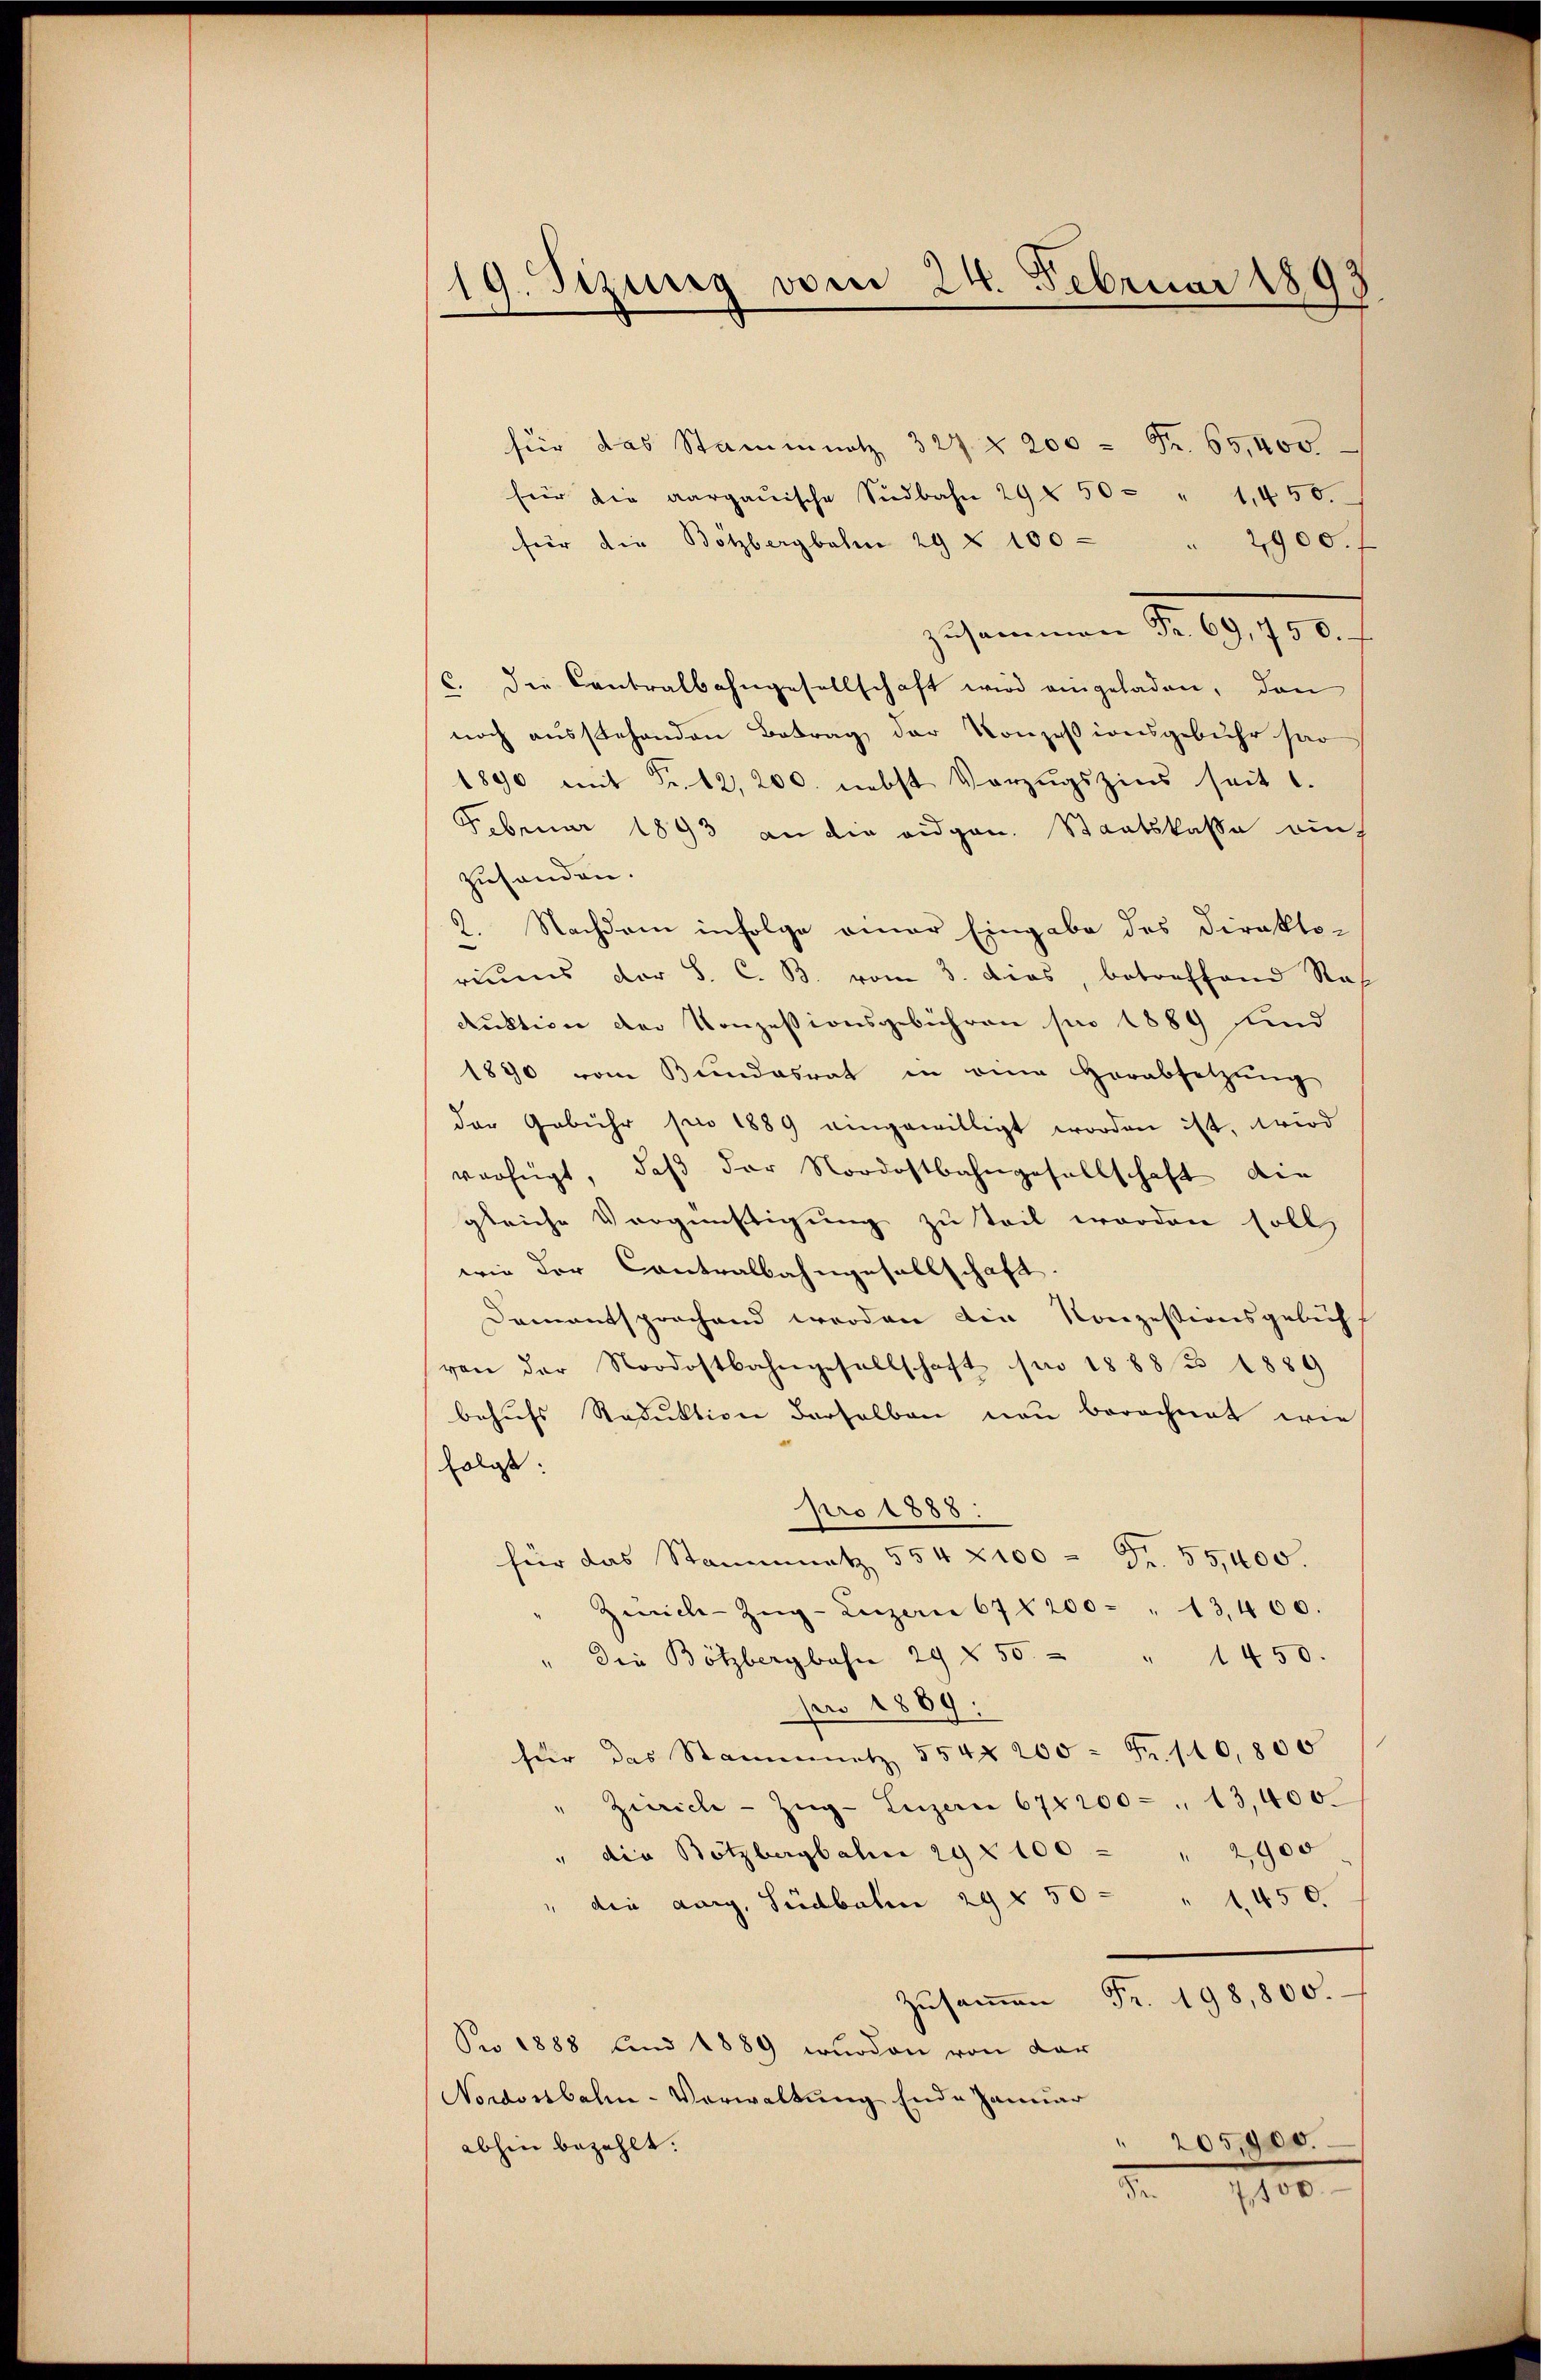
19. Sizung vom 24. Februar 1893

für das Stammnet 327 § 200 Fr. 65,000.
für die aargauische Südbahn 29 f 50 - " 1,450.
für die Bötzbergbahn 29 § 100 - " 2900.
zusammen Fr. 69, 750.
c. die Contralbahngesellschaft wird eingeladen, den
noch ausstehenden Betrag der Konzessionsgebühr sor
1890 mit Fr. 12, 200. nebst Vorzugszins seit 1.
Februar 1893 an die eidgen. Staatskasse auch
zuhanden.
2. Nachdem infolge einer Eingabe des Direkto-
riums der S. C. B. vom 3. das, betreffend Ras
duktion der Konzessionsgebühren pro 1889 und
1890 vom Bundesrat in die Herabsetzŭng
der Gebühr pro 1889 eingewilligt worden ist, wird
verfügt, daß der Nordostbahngesellschaft die
gleiche Vergünstigung zu teil worden soll,
wie der Contralbahngesellschaft
Damentsprochend werden die Konzessionsgelich
von der Nordostbahngesellschaft pro 1888/3 1889
behufs Reduktion derselben neu berechnet wie
folgt:
pro 1888:
für das Stammmetz 554 2100 = Fr. 55,400.
Zürich-Zŭg-Luzern 678200 " 13400.
" die Bötzbergbahn 29 § 56. " 1450.
pro 1889:
für das Stammnetz 554. 200 Fr. 10,800
" Zürich-Zŭg-Luzan 678200 - 13,400.
" die Botzbergbahn 29 § 100 " " 2900
" die aarg, Südbahn 29 § 50 - " 1450.
Zŭsaṁen Fr. 198,800.
Pro 1888 und 1889 wurden von der
Nordostbahn-Verwaltung Ende Januar
" 205,900.
abhin bezahlt.
d 110